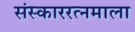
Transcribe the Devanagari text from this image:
संस्काररत्नमाला